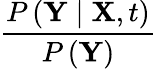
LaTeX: \frac{P\left(\mathbf{Y}\mid\mathbf{X},t\right)}{P\left(\mathbf{Y}\right)}